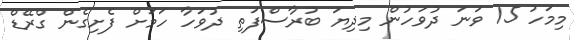
މިމަހު 15 ވަނަ ދުވަހުން މިދިޔަ ބުރާސްފަތި ދުވަހާ ހަމަށް ފެށިގެން ގްރޭޑް